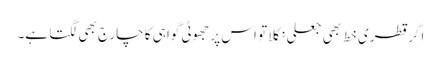
اگر قطری خط بھی جعلی نکلا تو اس پر جھوٹی گواہی کا چارج بھی لگتا ہے۔